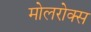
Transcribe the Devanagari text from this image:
मोलरोक्स